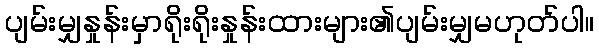
ပျမ်းမျှနှုန်းမှာရိုးရိုးနှုန်းထားများ၏ပျမ်းမျှမဟုတ်ပါ။